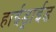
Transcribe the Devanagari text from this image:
हाईड्राईड